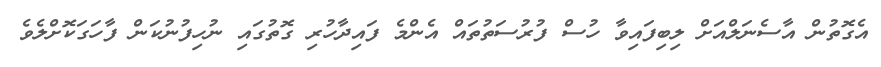
އެގޮތުން އާސެނަލްއަށް ލިބިފައިވާ ހުސް ފުރުސަތުތައް އެންމެ ފައިދާހުރި ގޮތުގައި ނުހިފުނުކަން ފާހަގަކޮށްލެވެ